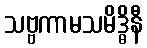
သဗ္ဗကာမသမိဒ္ဓိနီ